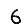
Digit: 6